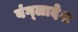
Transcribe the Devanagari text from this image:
बंग्‍लादेश